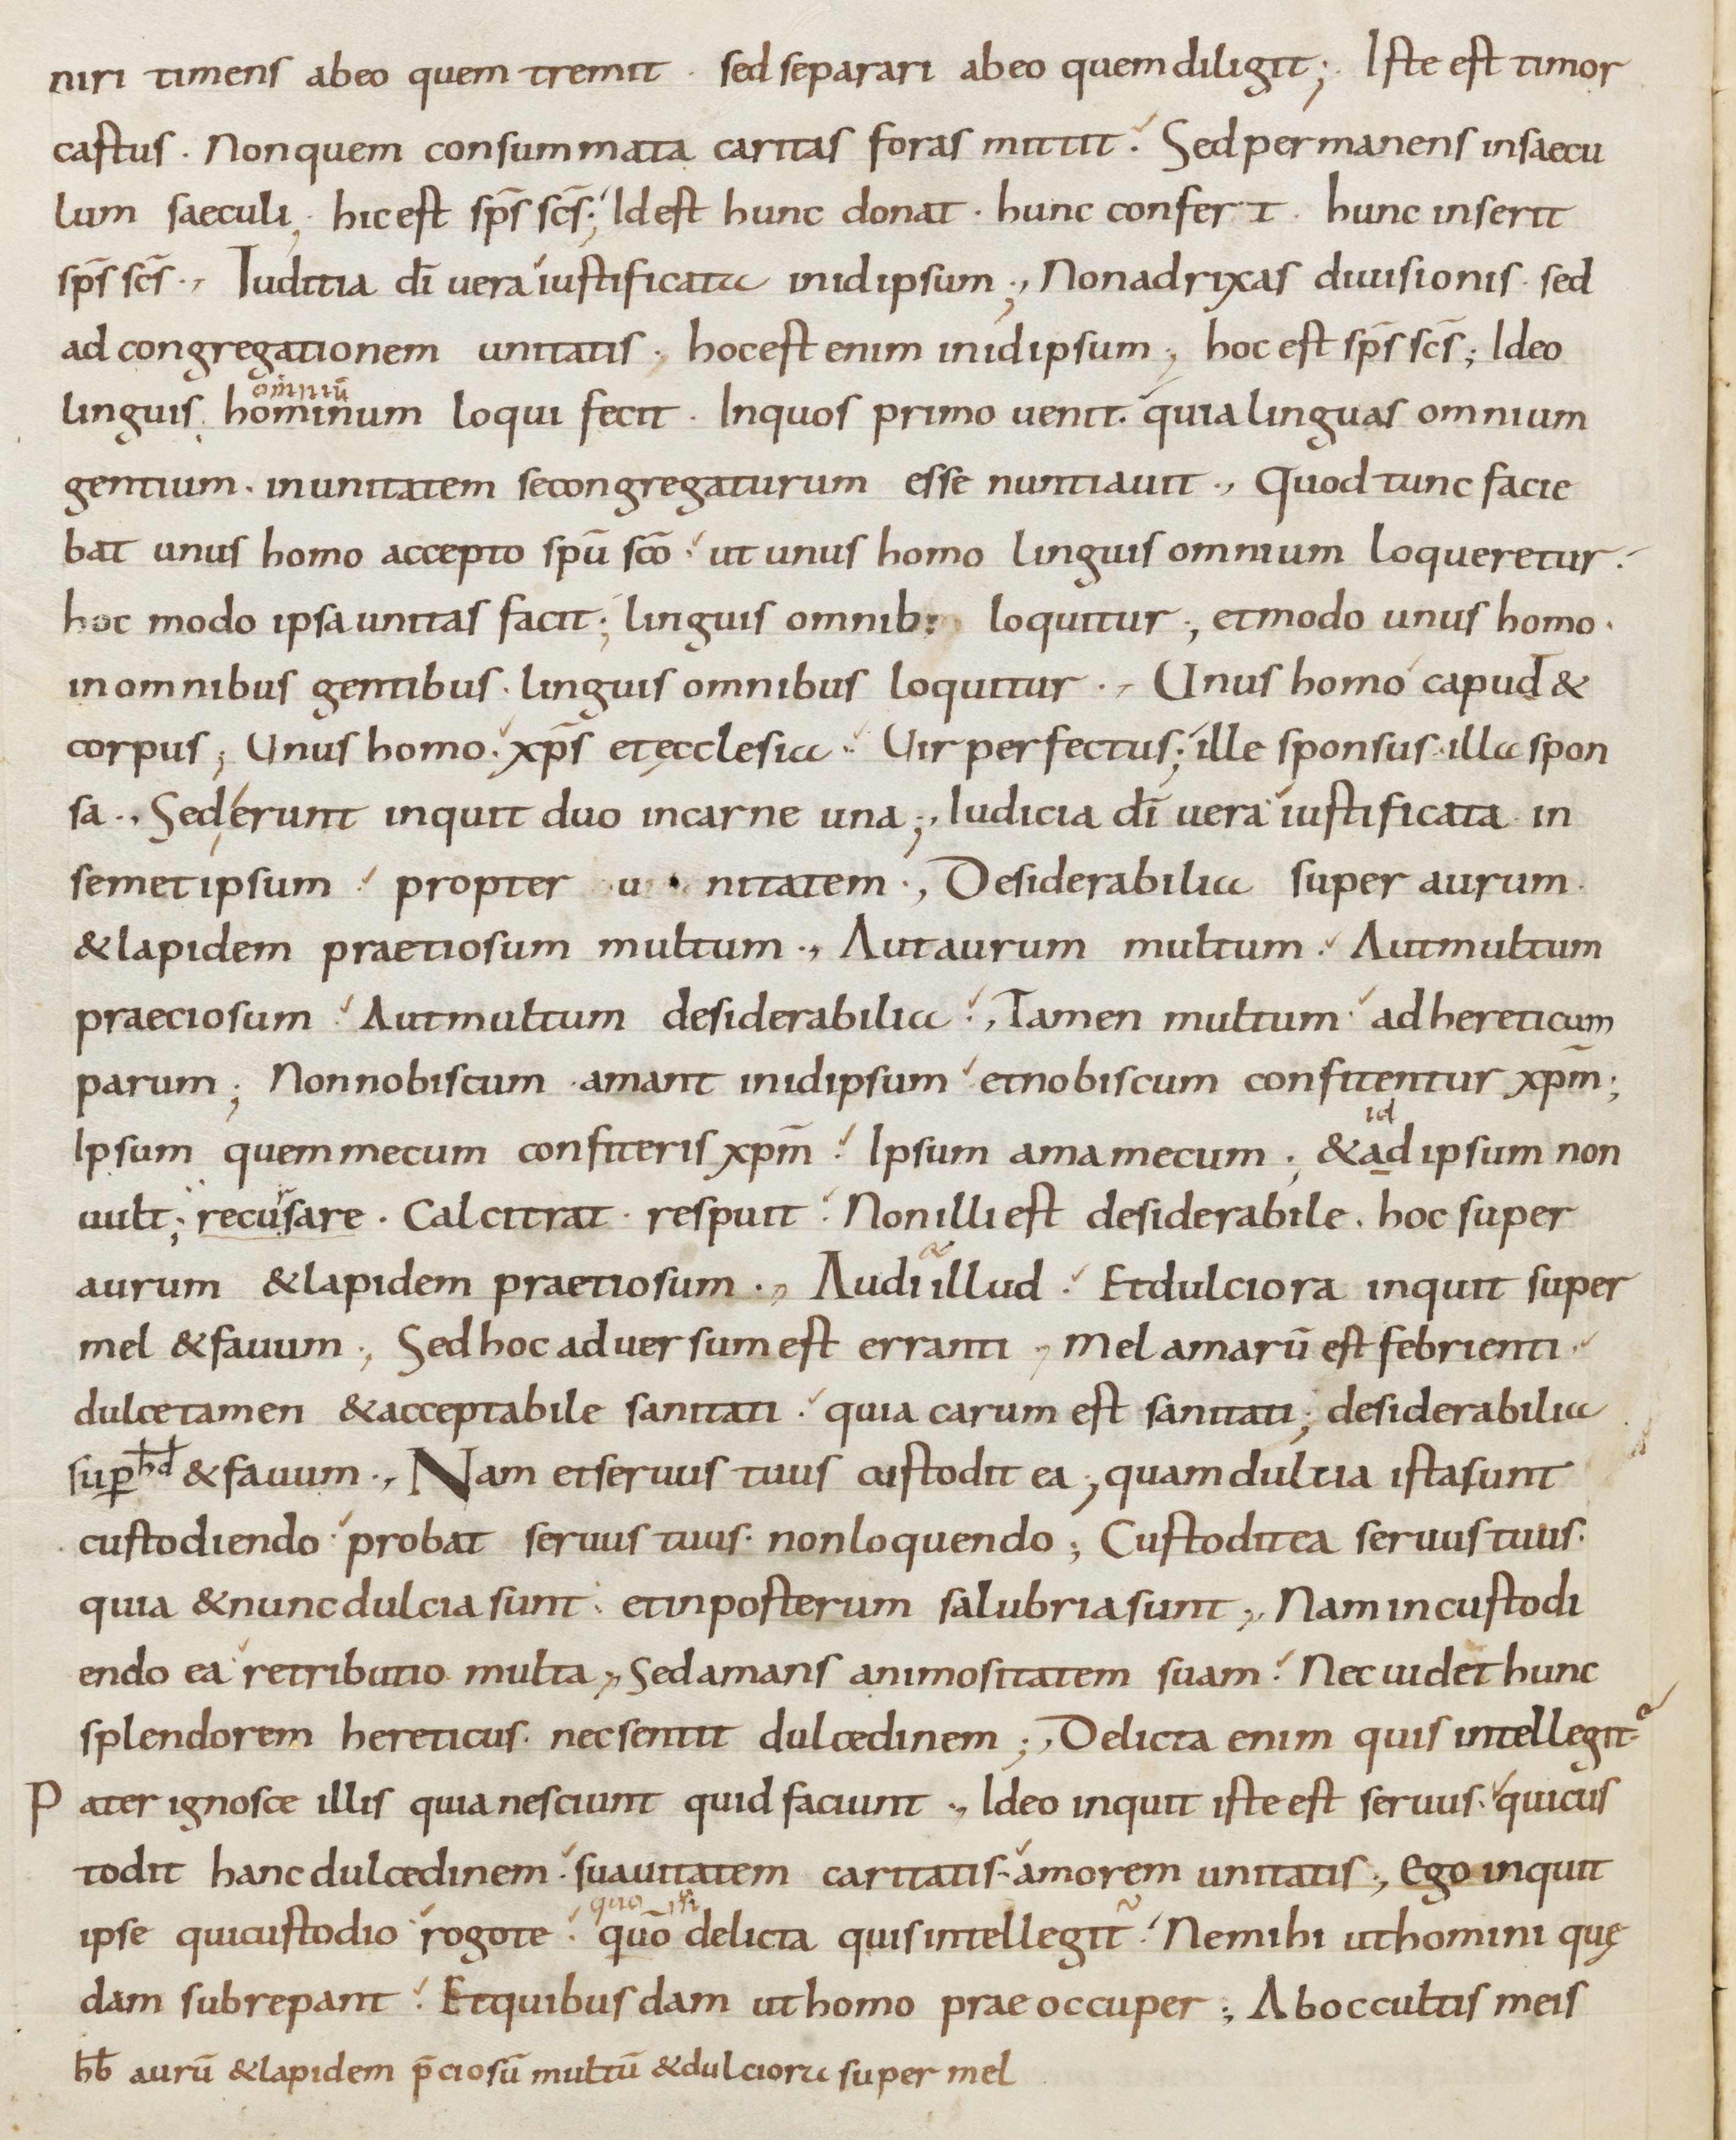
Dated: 800–899